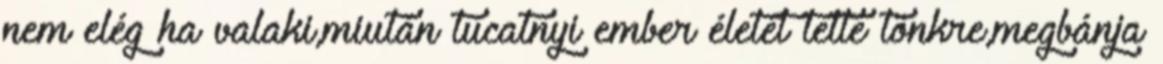
nem elég ha valaki,miután tucatnyi ember életét tette tönkre,megbánja